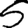
Digit: 5